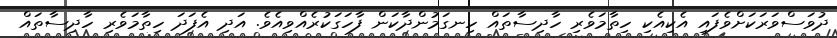
ދުވަސްވަރަކަށްވެފައި އެކިއެކި ހިތާމަވެރި ހާދިސާތައް ހިނގަމުންދާކަން ފާހަގަކުރެއްވިއެވެ. އަދި އެފަދަ ހިތާމަވެރި ހާދިސާތައް